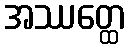
အဿတ္ထေ